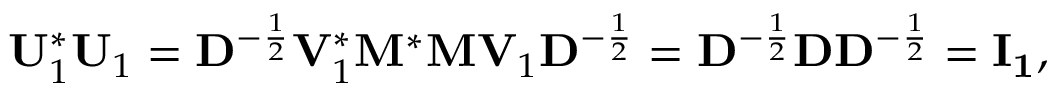
\mathbf { U } _ { 1 } ^ { * } \mathbf { U } _ { 1 } = \mathbf { D } ^ { - { \frac { 1 } { 2 } } } \mathbf { V } _ { 1 } ^ { * } \mathbf { M } ^ { * } \mathbf { M } \mathbf { V } _ { 1 } \mathbf { D } ^ { - { \frac { 1 } { 2 } } } = \mathbf { D } ^ { - { \frac { 1 } { 2 } } } \mathbf { D } \mathbf { D } ^ { - { \frac { 1 } { 2 } } } = \mathbf { I _ { 1 } } ,